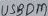
Text: USBDM